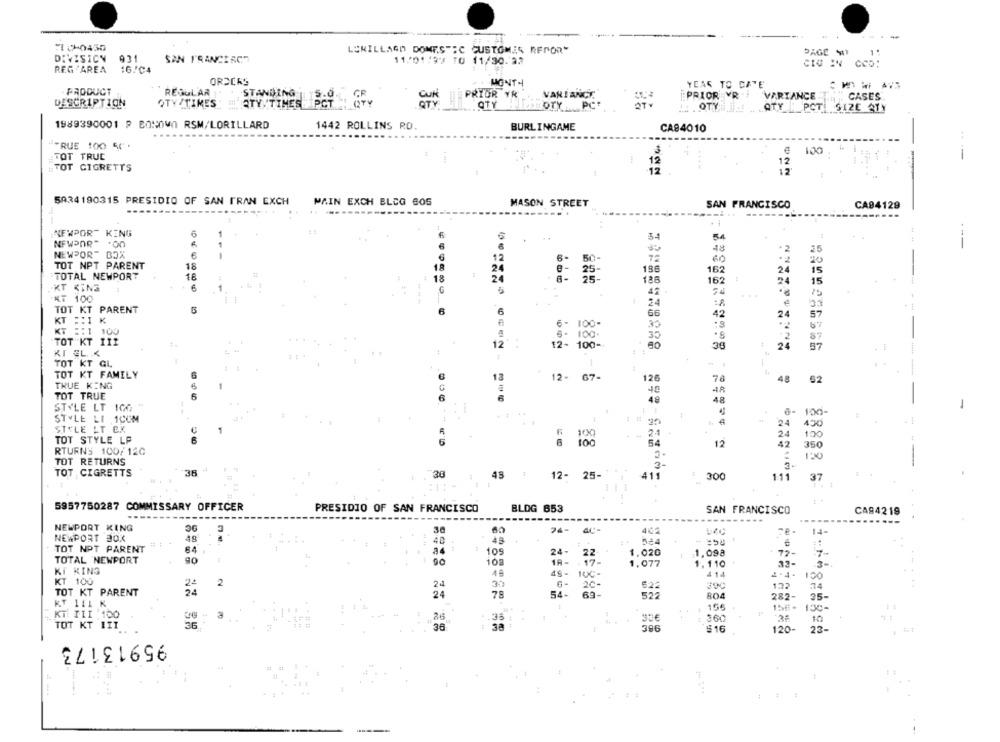
.-
LEKILLAGO DOMESTIC CUSTOMER REPOR"
DAGE M
DIVISION
931
SAN FRANCISCO
11/01/3% TO 11/30.33
CIG IN CCD:
REG'AREA
16/C4
ORDCKS
MONTH
YEAR TO DATE
. PRODUCT
REGULAR
STANDING |15.0.
PRIOR YR
VARIANCE
PRIOR VR
VARIANCE
CASES
DESCRIPTION
QTY /TIMES
ATY TIMES PCT
PCT
OTY PCT
OTY
ATY " PCT: SIZE ATY
1989390001 P BONOVO RSM/LORILLARD
1442 ROLLINS RO.
BURLINGAME
CA84010
""RUE 100 50 .
TOT TRUC
100
----
TOT GIGRETTS
PAIN EXCH BLDG BOS
5034 190315 PRESIDIO OF SAN FRAN EXCH
MASON STREET
SAN FRANCISCO
CA94129
---...
------
-
NEMPOR" KENG
6
54
54
NEWPOR" .00
6
---
48
2
NEWPORT BOX
6
50
72
20
TOT NPT PARENT
18
24
196
162
24
15
TOTAL NEWPORT
16
44
24
126
162
F
24
15
KT KING
6
75
KT 100
24
TOT KT PARENT
5
6
6
66
42
24
57
KT :: 1 K
6- 100-
*2
KT :: 1 100
TOT KT 111
- 100
35
87
12
100-
38
-
24
57
KI GL X
TOT KT GL
TOT KT FAMILY
12
12- 67-
126
78
48
62
TRUE KING
5
40
4ª
TOT TRUE
48
48
STYLE LT KA
-
6-
100-
STYLE LI 1COM
: # 30
24
450
SIYLE LT EX
1
24
24
100
TOT STYLE LP
54
12
42
350
RTURNS 100/ 120
TOT RETURNS
3 -
TOT , CIGRETTS
38
30
45
12-
25-
411
300
111
37
5957750287 COMMISSARY OFFICER
PRESIDIO OF SAN FRANCISCO
BLDG 653
SAN FRANCISCO
CA94219
NEWPORT KING
3
36
24-
402
NEWPORT 30X
# : -
48
40
43
524
TOT NPT PARENT
64
109
24-
22
1.020
1,098
72-
TOTAL NEWPORT
00
108
18-
1,077
1.110
22-
3-
KT KING
100
KT 100
2
24
30
20
62:
300
132
34
TOT KT PARENT
78
54-
69-
35-
24
522
RO4
282-
KT 111 K
154
KT TII 100
3
26
TOT KT III
1.35
30€
360
10
36
: 38
386
$16
120-
23-
95913173
----- 4